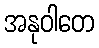
အနုဝါတေ